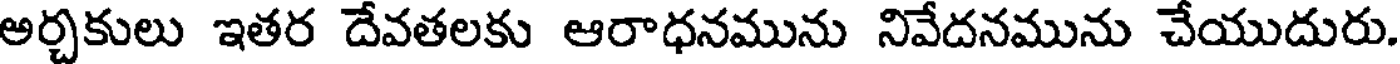
అర్చకులు ఇతర దేవతలకు ఆరాధనమును నివేదనమును చేయుదురు.